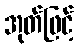
အုတ်ဖြင့်